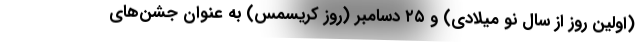
(اولین روز از سال نو میلادی) و ۲۵ دسامبر (روز کریسمس) به عنوان جشن‌های